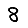
Digit: 8